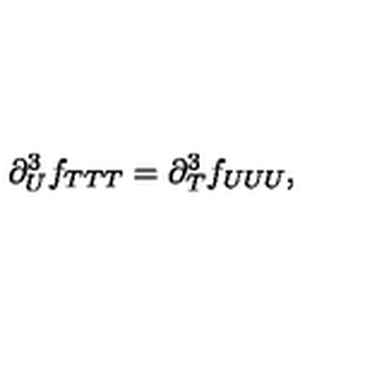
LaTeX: \partial _ { U } ^ { 3 } f _ { T T T } = \partial _ { T } ^ { 3 } f _ { U U U } ,